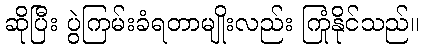
ဆိုပြီး ပွဲကြမ်းခံရတာမျိုးလည်း ကြုံနိုင်သည်။